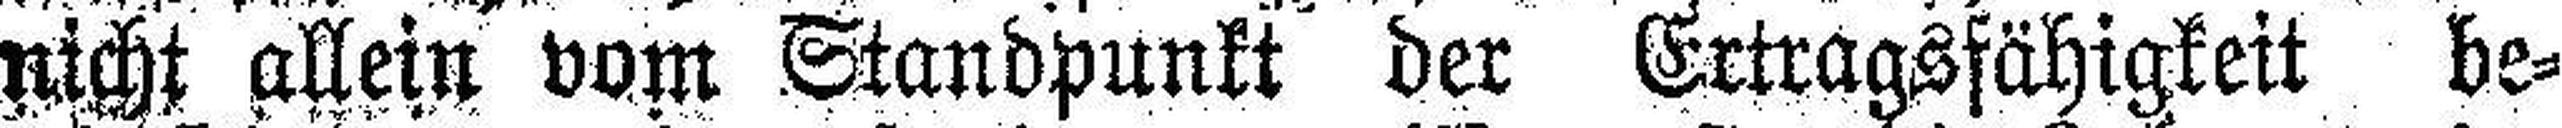
nicht allein vom Standpunkt der Ertragsfähigkeit be¬